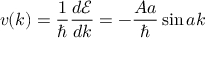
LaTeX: v ( k ) = { \frac { 1 } { \hbar } } { \frac { d { \mathcal { E } } } { d k } } = - { \frac { A a } { \hbar } } \sin { a k }